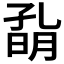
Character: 𡦀